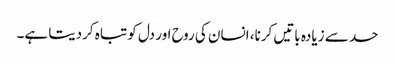
حد سے زیادہ باتیں کرنا، انسان کی روح اور دل کو تباہ کردیتا ہے۔